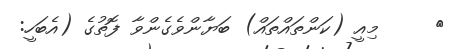
٢     މިއީ (ކަންތައްތައް) ބަޔާންވެގެންވާ ފޮތުގެ (އެބަހީ: